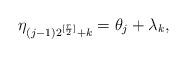
LaTeX: \begin{align*} \eta_{(j-1)2^{[{r\over 2}]}+k}= \theta_j + \lambda_k , \end{align*}